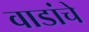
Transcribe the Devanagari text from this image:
वाडांचे